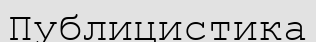
Публицистика